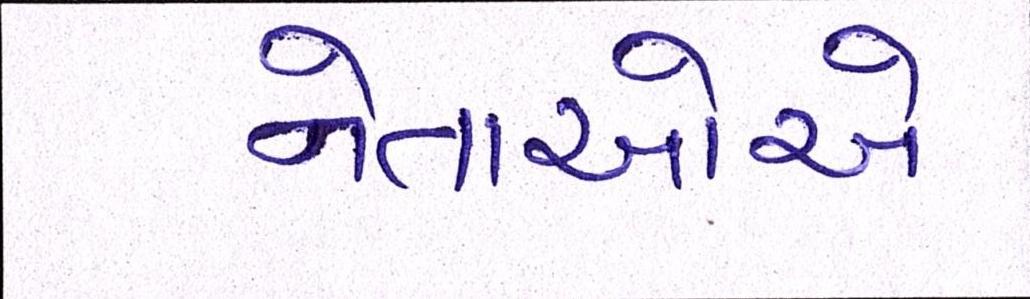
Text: નેતાઓએ